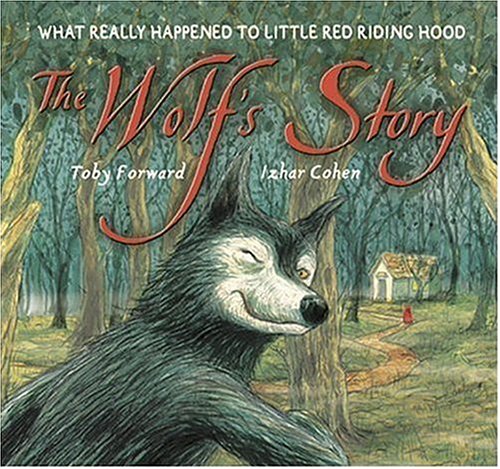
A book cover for The Wolf's Story: What Really Happened to Little Red Riding Hood; TOBY FORWARD; Children's Books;